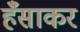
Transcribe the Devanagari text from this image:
हँसाकर